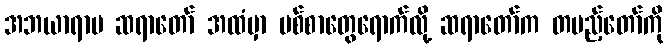
အဘယာရာမ ဆရာတော် အထံမှာ ပစ်စာတွေရောက်လို့ ဆရာတော်က တပည့်တော်ကို